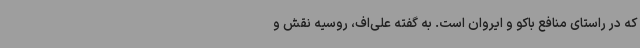
که در راستای منافع باکو و ایروان است. به گفته علی‌اف، روسیه نقش و